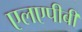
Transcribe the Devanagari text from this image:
एलएपीबी